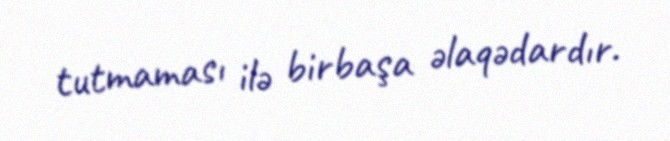
tutmaması ilə birbaşa əlaqədardır.